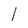
Character: l